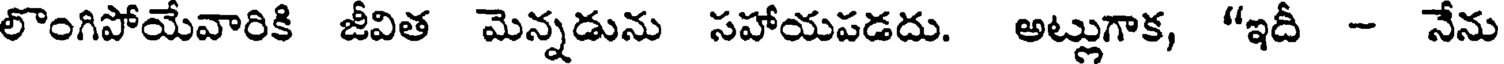
లొంగిపోయేవారికి జీవిత మెన్నడును సహాయపడదు. అట్లుగాక, "ఇదీ - నేను